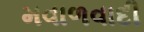
મવાળવાદી